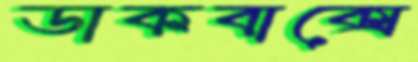
ডাকবাক্সে